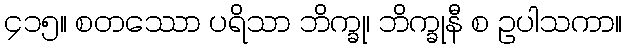
၄၁၅။ စတဿော ပရိသာ ဘိက္ခု၊ ဘိက္ခုနီ စ ဥပါသကာ။